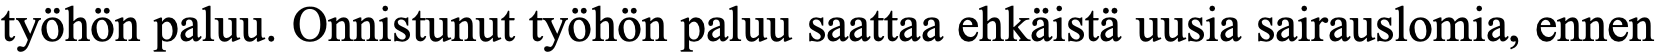
työhön paluu. Onnistunut työhön paluu saattaa ehkäistä uusia sairauslomia, ennen